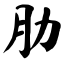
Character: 肋